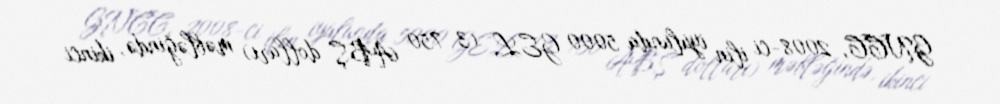
GNCC, 2008-ci ilin iyulunda 5000 GEL (3 750 ABŞ dolları) məbləğində, ikinci